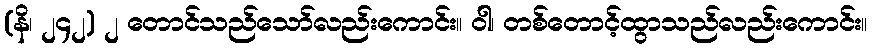
(နိ၊ ၂၄၂) ၂ တောင်သည်သော်လည်းကောင်း။ ဝါ၊ တစ်တောင့်ထွာသည်လည်းကောင်း။